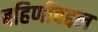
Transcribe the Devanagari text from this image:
बहिणींबद्दल